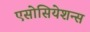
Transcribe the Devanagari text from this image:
एसोसियेशन्स